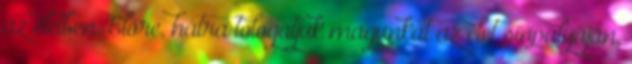
az életben. Előre, hátra tologatjuk magunkat az élet sínpályáján,